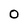
Character: O